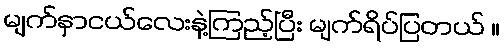
မျက်နှာငယ်လေးနဲ့ကြည့်ပြီး မျက်ရိပ်ပြတယ် ။